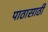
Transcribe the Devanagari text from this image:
पाठासाठी